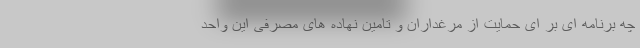
چه برنامه ای بر ای حمایت از مرغداران و تامین نهاده های مصرفی این واحد